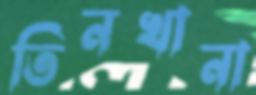
তিনখানা